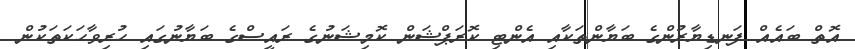
އޮތް ބައެއް ފަނޑިޔާރުންގެ ބަޔާންތަކާއި އެންޓި ކޮރަޕްޝަން ކޮމިޝަނުގެ ރައީސްގެ ބަޔާނުގައި ހުރިވާހަކަތަކުން